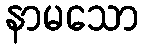
နာမသော